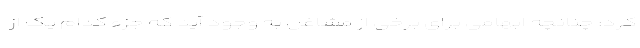
کرد: چنانچه ابهامی برای برخی از مشاغل به وجود آید که جزء کدام یک از